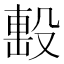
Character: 𣪠